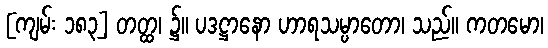
[ကျမ်း ၁၈၃] တတ္ထ၊ ၌။ ပဒဋ္ဌာနော ဟာရသမ္ပာတော၊ သည်။ ကတမော၊